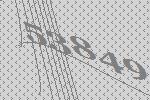
53849